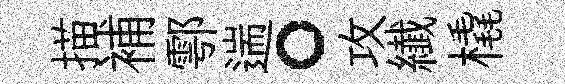
描補鄠遄。攻纎橇